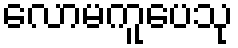
လောမကူပေသု